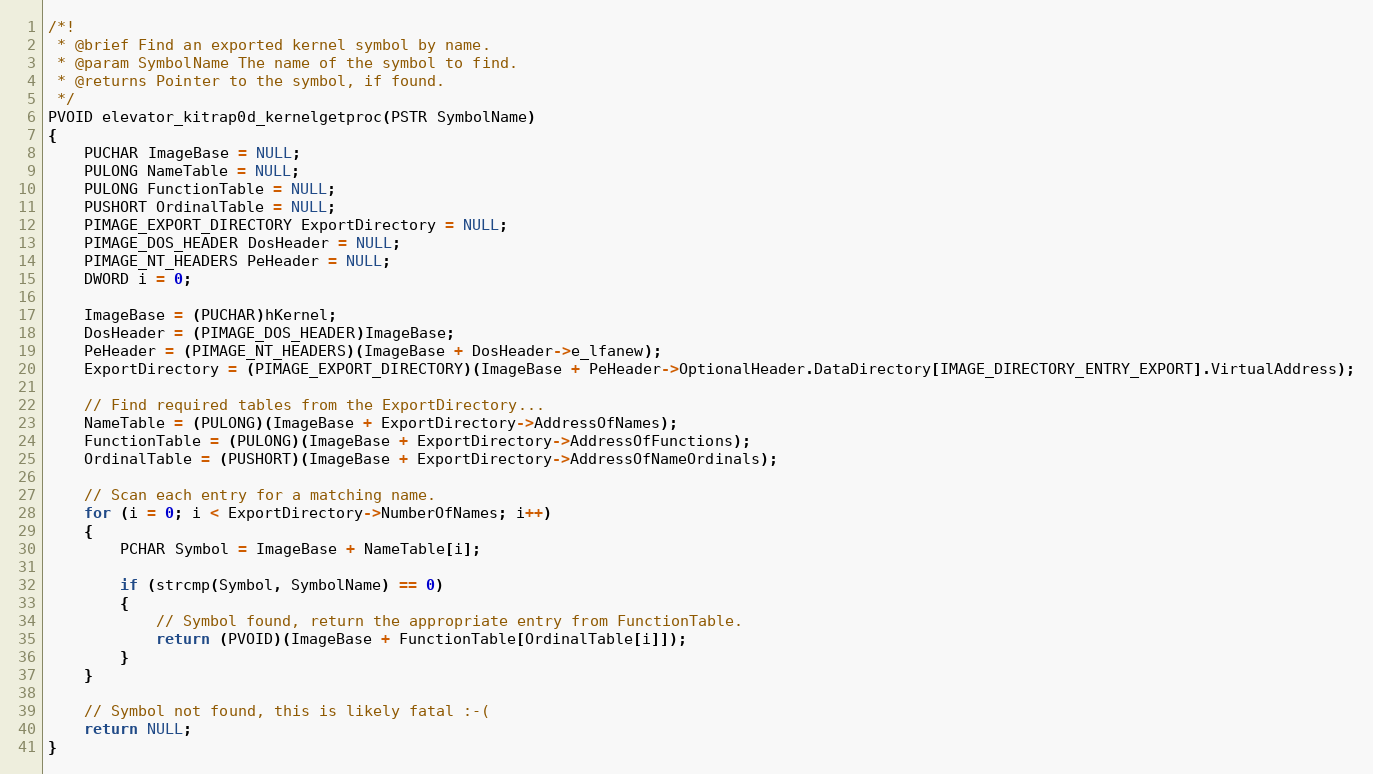
Language: C
/*!
 * @brief Find an exported kernel symbol by name.
 * @param SymbolName The name of the symbol to find.
 * @returns Pointer to the symbol, if found.
 */
PVOID elevator_kitrap0d_kernelgetproc(PSTR SymbolName)
{
	PUCHAR ImageBase = NULL;
	PULONG NameTable = NULL;
	PULONG FunctionTable = NULL;
	PUSHORT OrdinalTable = NULL;
	PIMAGE_EXPORT_DIRECTORY ExportDirectory = NULL;
	PIMAGE_DOS_HEADER DosHeader = NULL;
	PIMAGE_NT_HEADERS PeHeader = NULL;
	DWORD i = 0;

	ImageBase = (PUCHAR)hKernel;
	DosHeader = (PIMAGE_DOS_HEADER)ImageBase;
	PeHeader = (PIMAGE_NT_HEADERS)(ImageBase + DosHeader->e_lfanew);
	ExportDirectory = (PIMAGE_EXPORT_DIRECTORY)(ImageBase + PeHeader->OptionalHeader.DataDirectory[IMAGE_DIRECTORY_ENTRY_EXPORT].VirtualAddress);

	// Find required tables from the ExportDirectory...
	NameTable = (PULONG)(ImageBase + ExportDirectory->AddressOfNames);
	FunctionTable = (PULONG)(ImageBase + ExportDirectory->AddressOfFunctions);
	OrdinalTable = (PUSHORT)(ImageBase + ExportDirectory->AddressOfNameOrdinals);

	// Scan each entry for a matching name.
	for (i = 0; i < ExportDirectory->NumberOfNames; i++)
	{
		PCHAR Symbol = ImageBase + NameTable[i];

		if (strcmp(Symbol, SymbolName) == 0)
		{
			// Symbol found, return the appropriate entry from FunctionTable.
			return (PVOID)(ImageBase + FunctionTable[OrdinalTable[i]]);
		}
	}

	// Symbol not found, this is likely fatal :-(
	return NULL;
}